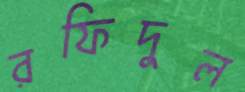
রফিদুল